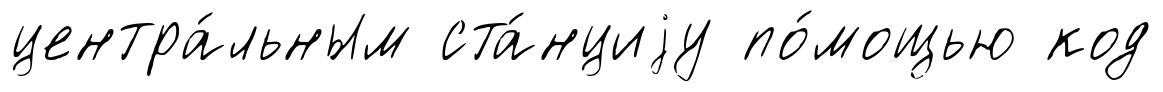
центра́льным ста́нциjу по́мощью код